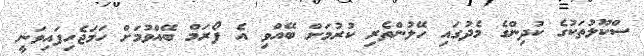
ސްކޫލުތަކުގެ ކުދިންގެ މެދުގައި ހޭލުންތެރި ކުރުމަށް ބޭއްވި އެ ފޯރަމް ބޭއްވުމަށް ހަމަޖެހިފައިވަނީ